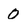
Character: 0